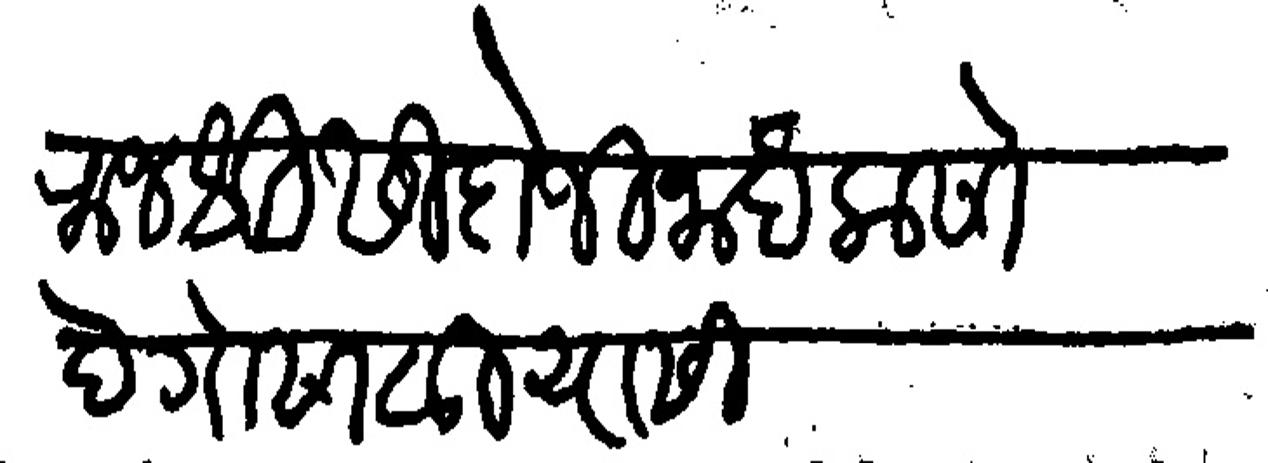
Transliteration (Devanagari): राजश्री सिदोजी नाईक सोंधे गोसावी यांसी